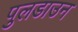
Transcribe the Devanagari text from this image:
पुलडाउन